画像に写った文字を読んでください
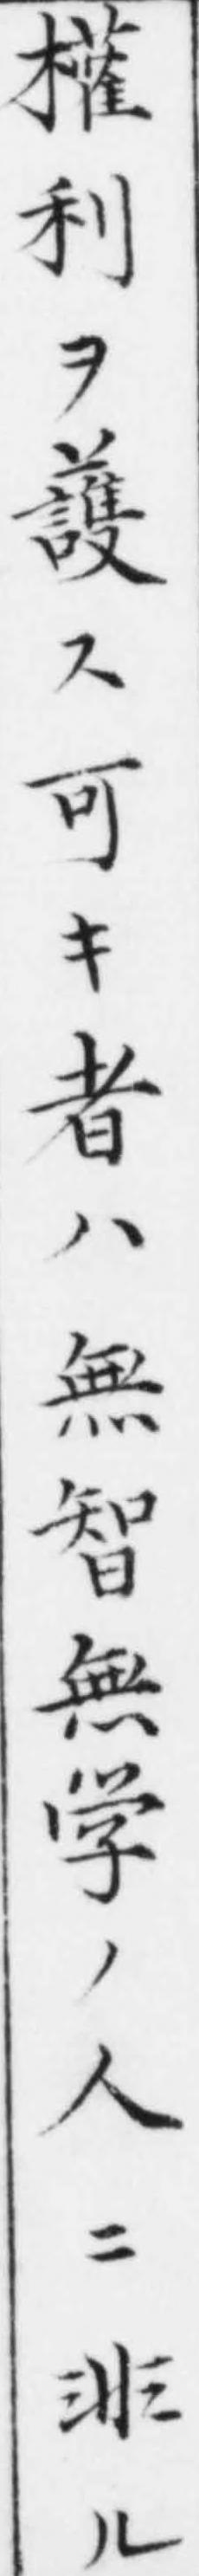
「權利ヲ䕶ス可キ者ハ無智無学ノ人ニ非ル」と書いてあります